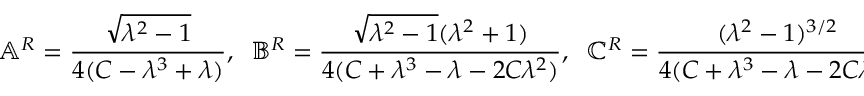
\mathbb { A } ^ { R } = \frac { \sqrt { \lambda ^ { 2 } - 1 } } { 4 ( C - \lambda ^ { 3 } + \lambda ) } , \; \; \mathbb { B } ^ { R } = \frac { \sqrt { \lambda ^ { 2 } - 1 } ( \lambda ^ { 2 } + 1 ) } { 4 ( C + \lambda ^ { 3 } - \lambda - 2 C \lambda ^ { 2 } ) } , \; \; \mathbb { C } ^ { R } = \frac { ( \lambda ^ { 2 } - 1 ) ^ { 3 / 2 } } { 4 ( C + \lambda ^ { 3 } - \lambda - 2 C \lambda ^ { 2 } ) } ,